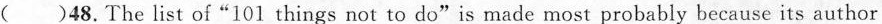
()48.The list of"101 things not to do"is made most probably because its author